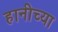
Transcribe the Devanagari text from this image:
हानीच्या